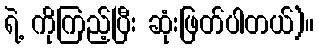
ရဲ့ ကိုကြည့်ပြီး ဆုံးဖြတ်ပါတယ်)။